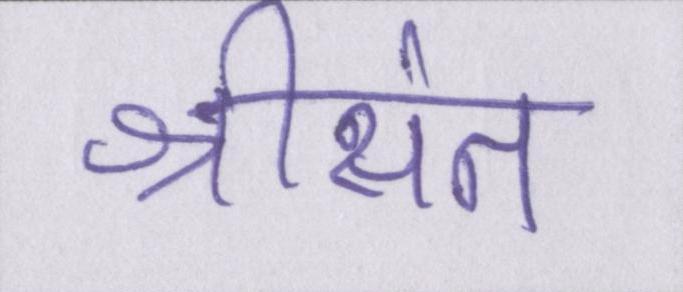
श्रीसंत